Indian journal of veterinary science and animal husbandry - Volume 8,
Year: 1938
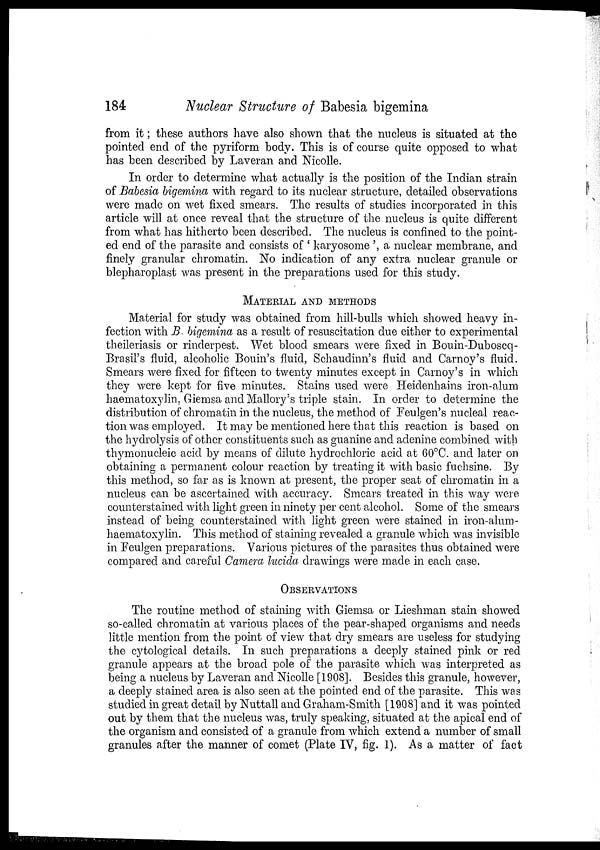
184
Nuclear Structure of Babesia bigemina
from it; these authors have also shown that the nucleus is situated at the
pointed end of the pyriform body. This is of course quite opposed to what
has been described by Laveran and Nicolle.
In order to determine what actually is the position of the Indian strain
of Babesia bigemina with regard to its nuclear structure, detailed observations
were made on wet fixed smears. The results of studies incorporated in this
article will at once reveal that the structure of the nucleus is quite different
from what has hitherto been described. The nucleus is confined to the point-
ed end of the parasite and consists of ' karyosome ', a nuclear membrane, and
finely granular chromatin. No indication of any extra nuclear granule or
blepharoplast was present in the preparations used for this study.
MATERIAL AND METHODS
Material for study was obtained from hill-bulls which showed heavy in-
fection with B. bigemina as a result of resuscitation due either to experimental
theileriasis or rinderpest. Wet blood smears were fixed in Bouin-Duboscq¬
Brasil's fluid, alcoholic Bouin's fluid, Schaudinn's fluid and Carnoy's fluid.
Smears were fixed for fifteen to twenty minutes except in Carnoy's in which
they were kept for five minutes. Stains used were Heidenhains iron-alum
haematoxylin, Giemsa and Mallory's triple stain. In order to determine the
distribution of chromatin in the nucleus, the method of Feulgen's nucleal reac-
tion was employed. It may be mentioned here that this reaction is based on
the hydrolysis of other constituents such as guanine and adenine combined with
thymonucleic acid by means of dilute hydrochloric acid at 60°C. and later on
obtaining a permanent colour reaction by treating it with basic fuchsine. By
this method, so far as is known at present, the proper seat of chromatin in a
nucleus can be ascertained with accuracy. Smears treated in this way were
counterstained with light green in ninety per cent alcohol. Some of the smears
instead of being counterstained with light green were stained in iron-alum¬
haematoxylin. This method of staining revealed a granule which was invisible
in Feulgen preparations. Various pictures of the parasites thus obtained were
compared and careful Camera lucida drawings were made in each case.
OBSERVATIONS
The routine method of staining with Giemsa or Lieshman stain showed
so-called chromatin at various places of the pear-shaped organisms and needs
little mention from the point of view that dry smears are useless for studying
the cytological details. In such preparations a deeply stained pink or red
granule appears at the broad pole of the parasite which was interpreted as
being a nucleus by Laveran and Nicolle [1908]. Besides this granule, however,
a deeply stained area is also seen at the pointed end of the parasite. This was
studied in great detail by Nuttall and Graham-Smith [1908] and it was pointed
out by them that the nucleus was, truly speaking, situated at the apical end of
the organism and consisted of a granule from which extend a number of small
granules after the manner of comet (Plate IV, fig. 1). As a matter of fact